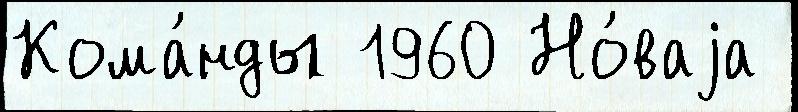
Кома́нды 1960 Но́ваjа